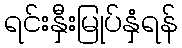
ရင်းနှီးမြုပ်နှံရန်